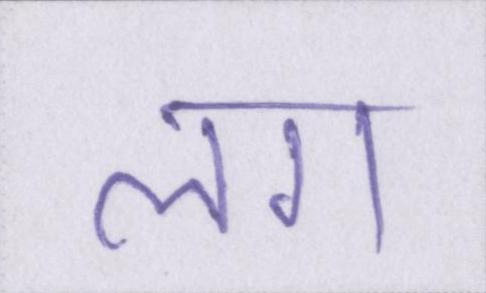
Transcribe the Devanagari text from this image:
लग